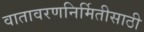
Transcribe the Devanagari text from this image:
वातावरणनिर्मितीसाठी